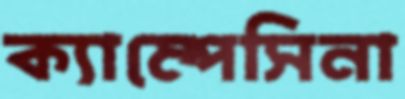
ক্যাম্পেসিনা